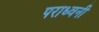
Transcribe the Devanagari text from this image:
पराध्वनी